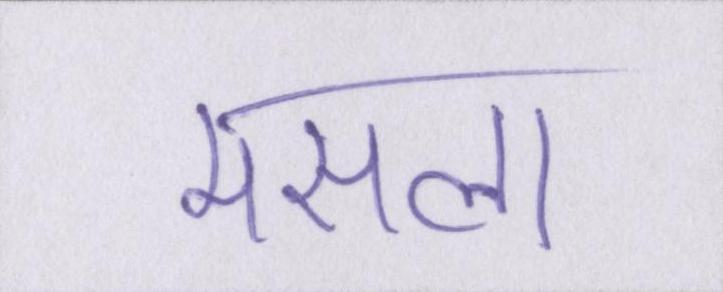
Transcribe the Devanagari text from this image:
मसला